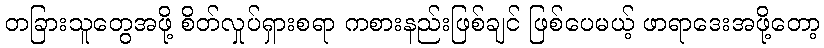
တခြားသူတွေအဖို့ စိတ်လှုပ်ရှားစရာ ကစားနည်းဖြစ်ချင် ဖြစ်ပေမယ့် ဖာရာဒေးအဖို့တော့